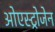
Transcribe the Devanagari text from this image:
ओएस्ट्रोजेन